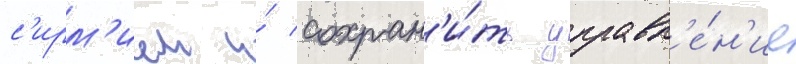
с'ирм'ием и́ сохран'и́ть управл'е́н'ие